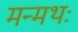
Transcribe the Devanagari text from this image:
मन्मथः